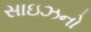
સાઇઝનો